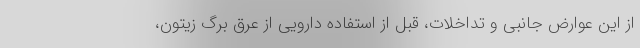
از این عوارض جانبی و تداخلات، قبل از استفاده دارویی از عرق برگ زیتون،